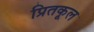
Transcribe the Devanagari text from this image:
प्रितकूल